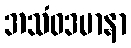
အသံဝဒမာနာ